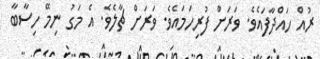
ރުއް ހައްދާފައެވެ. ވަރަށް ފުރިހަމައެވެ. ވަަރަށް ޗާލެވެ. އެ މަގު ނިމޭ ހިސާބާ